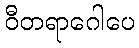
ဝီတရာဂေါပေ